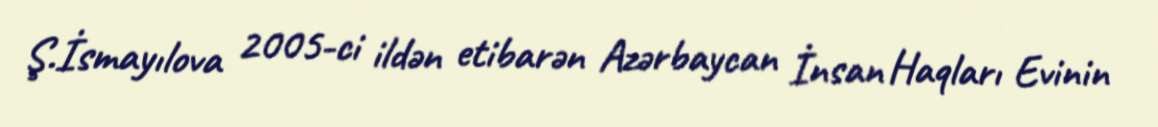
Ş.İsmayılova 2005-ci ildən etibarən Azərbaycan İnsan Haqları Evinin